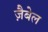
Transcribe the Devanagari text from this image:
ज़ैबेल